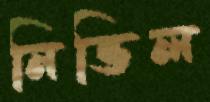
নিভিল